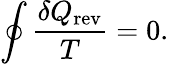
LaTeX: \oint{\frac{\delta Q_{\mathrm{rev}}}{T}}=0.